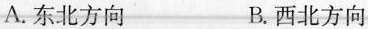
A.东北方向 B.西北方向